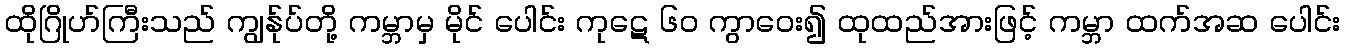
ထိုဂြိုဟ်ကြီးသည် ကျွန်ုပ်တို့ ကမ္ဘာမှ မိုင် ပေါင်း ကုဋေ ၆၀ ကွာဝေး၍ ထုထည်အားဖြင့် ကမ္ဘာ ထက်အဆ ပေါင်း